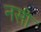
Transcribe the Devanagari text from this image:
नसी